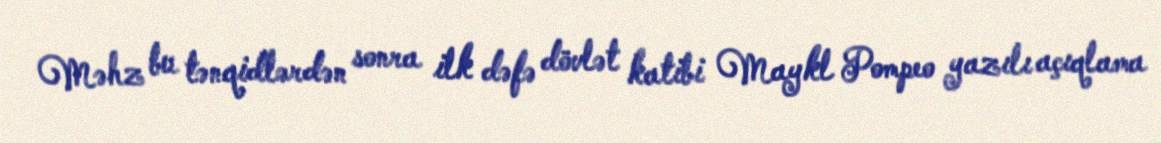
Məhz bu tənqidlərdən sonra ilk dəfə dövlət katibi Maykl Pompeo yazılı açıqlama